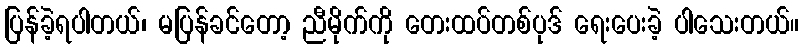
ပြန်ခဲ့ရပါတယ်၊ မပြန်ခင်တော့ ညီမိုက်ကို တေးထပ်တစ်ပုဒ် ရေးပေးခဲ့ ပါသေးတယ်။